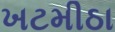
ખટમીઠા